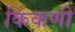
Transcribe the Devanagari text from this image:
किंकणी